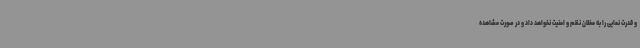
و قدرت نمایی را به مخلان نظم و امنیت نخواهد داد و در صورت مشاهده